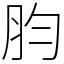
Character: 䏛